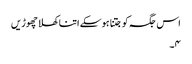
اس جگہ کو جتنا ہوسکے اتنا کھلا چھوڑیں
۴۔